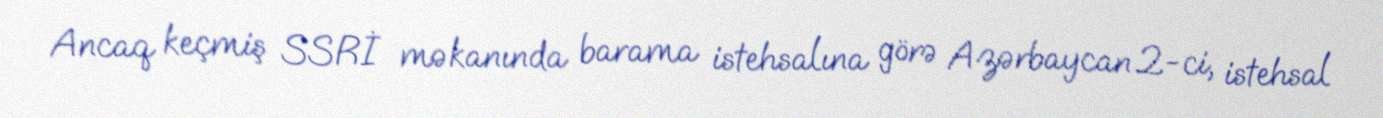
Ancaq keçmiş SSRİ məkanında barama istehsalına görə Azərbaycan 2-ci, istehsal